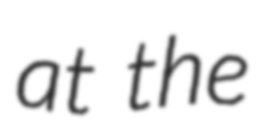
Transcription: at the